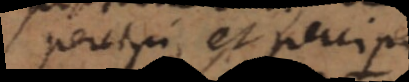
percipi, et percipi